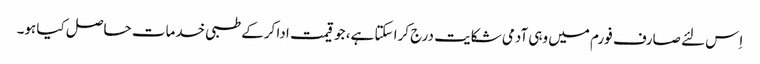
اِس لئے صارف فورم میں وہی آدمی شکایت درج کرا سکتا ہے، جو قیمت ادا کرکے طبی خدمات حاصل کیا ہو۔